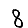
Digit: 8